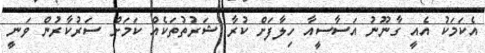
އެކަމަކު އެއީ ގާނޫނު އަސާސީއާ ހިލާފަށް ކުރާ ޝަރުތުތަކެއް ކަމަށް ސަރުކާރުން ވަނީ